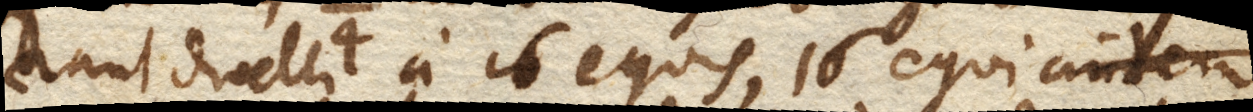
rant divelli 4 a 16 equis, 16 equi autem